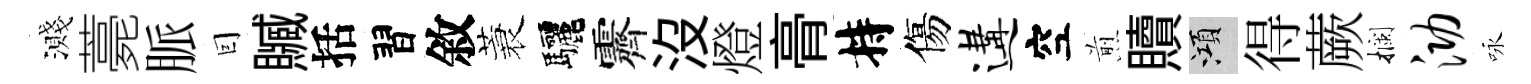
濺薧脈囙贓括習敘蓑驅霽沒燈𮌔持傷遘空煎贖澒得蕨攔泐咏